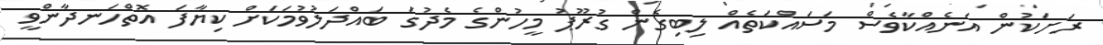
ރަށަކުން އަނެއްކާވެސް މަސައްކަތެއް ލިބިގެން ގުރޫޕު މީހުންގެ މެދުގަ ބައްދަލުވުމަކަށް ކިޔާފަ އޮތްހަނދާންވީ